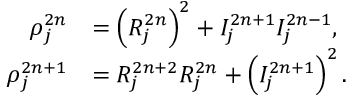
\begin{array} { r l } { \rho _ { j } ^ { 2 n } } & { = \left( { \cal R } _ { j } ^ { 2 n } \right) ^ { 2 } + { \cal I } _ { j } ^ { 2 n + 1 } { \cal I } _ { j } ^ { 2 n - 1 } , } \\ { \rho _ { j } ^ { 2 n + 1 } } & { = { \cal R } _ { j } ^ { 2 n + 2 } { \cal R } _ { j } ^ { 2 n } + \left( { \cal I } _ { j } ^ { 2 n + 1 } \right) ^ { 2 } . } \end{array}